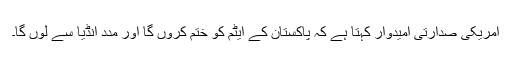
امریکی صدارتی امیدوار کہتا ہے کہ پاکستان کے ایٹم کو ختم کروں گا اور مدد انڈیا سے لوں گا۔